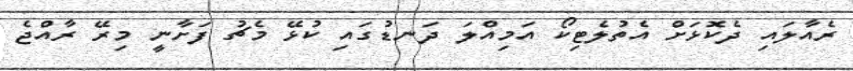
ރެއާލައި ދެކޮޅަށް އެތުލެޓިކޯ އަމިއްލަ ދަނޑުގައި ކުޅޭ މެޗު ފަށާނީ މިރޭ ރާއްޖެ